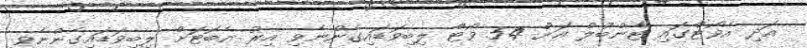
އަދި އެވޯޓްގައި ޓާންބުލް އަށް 54 ވޯޓް ލިބިވަޑައިގެންނެވި އިރު އެބޮޓަށް ލިބިވަޑައިގެންނެވީ